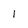
Character: l